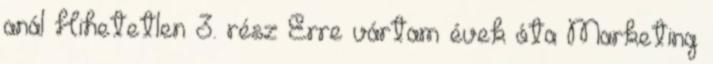
anál Hihetetlen 3. rész Erre vártam évek óta Marketing